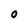
Character: 0